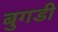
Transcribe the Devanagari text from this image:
बुगडी